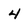
Character: 4